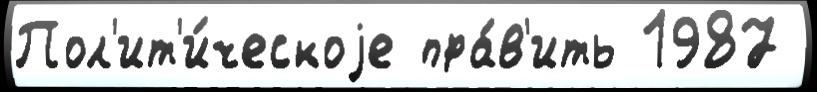
Пол'ит'и́ческоjе пра́в'ить 1987